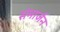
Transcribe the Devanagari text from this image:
संमार्जन